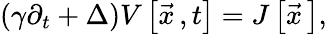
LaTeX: \left(\gamma\partial_{t}+\Delta\right)V\left[\vec{x}{\, },t\right]=J\left[{\vec{x}}{\, }\right],